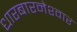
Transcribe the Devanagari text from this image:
धारबारनेश्‍वार